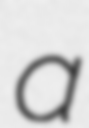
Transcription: a